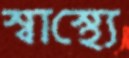
স্বাস্থ্যে